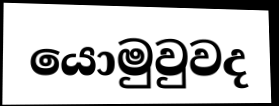
යොමුවුවද